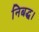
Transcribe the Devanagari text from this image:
निबद्ध।